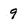
Character: 9